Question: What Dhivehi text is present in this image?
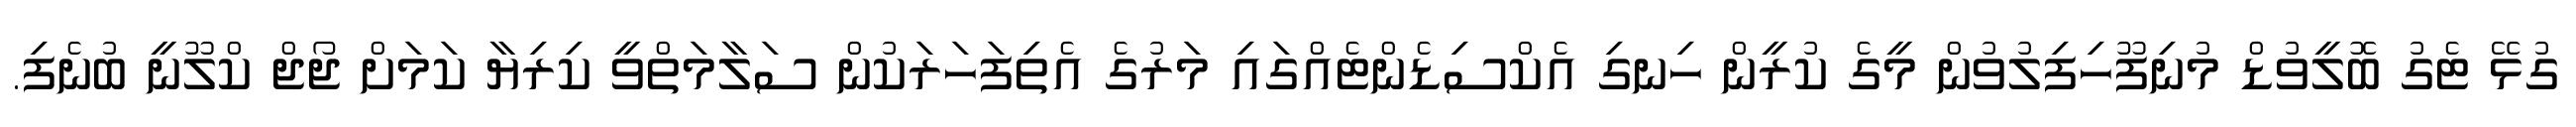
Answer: ގުޅޭ ޓެގު ބޮލީވުޑް މުނިފޫހިފިލުވުން މީގެ ކުރީން ހިނގި އެކްސިޑެންޓެއްގައި މަރުގެ އެތިފަހަރަކުން ސަލާމަތްވީ ކިރިޔާ ކަމަށް ޖޯޖް ކްލޫނީ ބުނެފި.